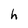
Character: h